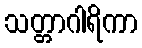
သတ္တာဂါရိကာ